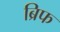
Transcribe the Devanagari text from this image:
ब्रिफ